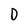
Character: D